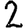
Digit: 2